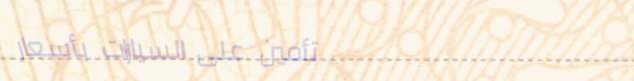
تأمين على السيارات بأسعار